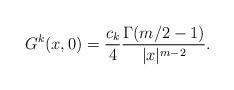
LaTeX: \begin{align*}G^k(x,0)=\frac{c_k}{4}\frac{\Gamma(m/2-1)}{|x|^{m-2}}.\end{align*}